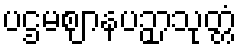
ပဌမဈာနပဉှာသုတ္တံ